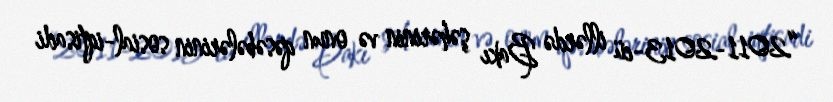
“2011-2013-cü illərdə Bakı şəhərinin və onun qəsəbələrinin sosial-iqtisadi